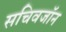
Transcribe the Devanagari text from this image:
सचिवजॉन